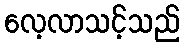
လေ့လာသင့်သည်